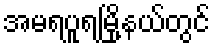
အမရပူရမြို့နယ်တွင်